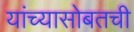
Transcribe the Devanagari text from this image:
यांच्यासोबतची